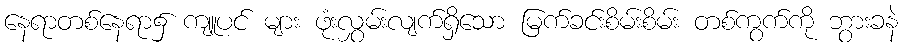
နေရာတစ်နေရာ၌ ကျူပင် များ ဖုံးလွှမ်းလျက်ရှိသော မြက်ခင်းစိမ်းစိမ်း တစ်ကွက်ကို ဘွားခနဲ